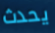
يحدث